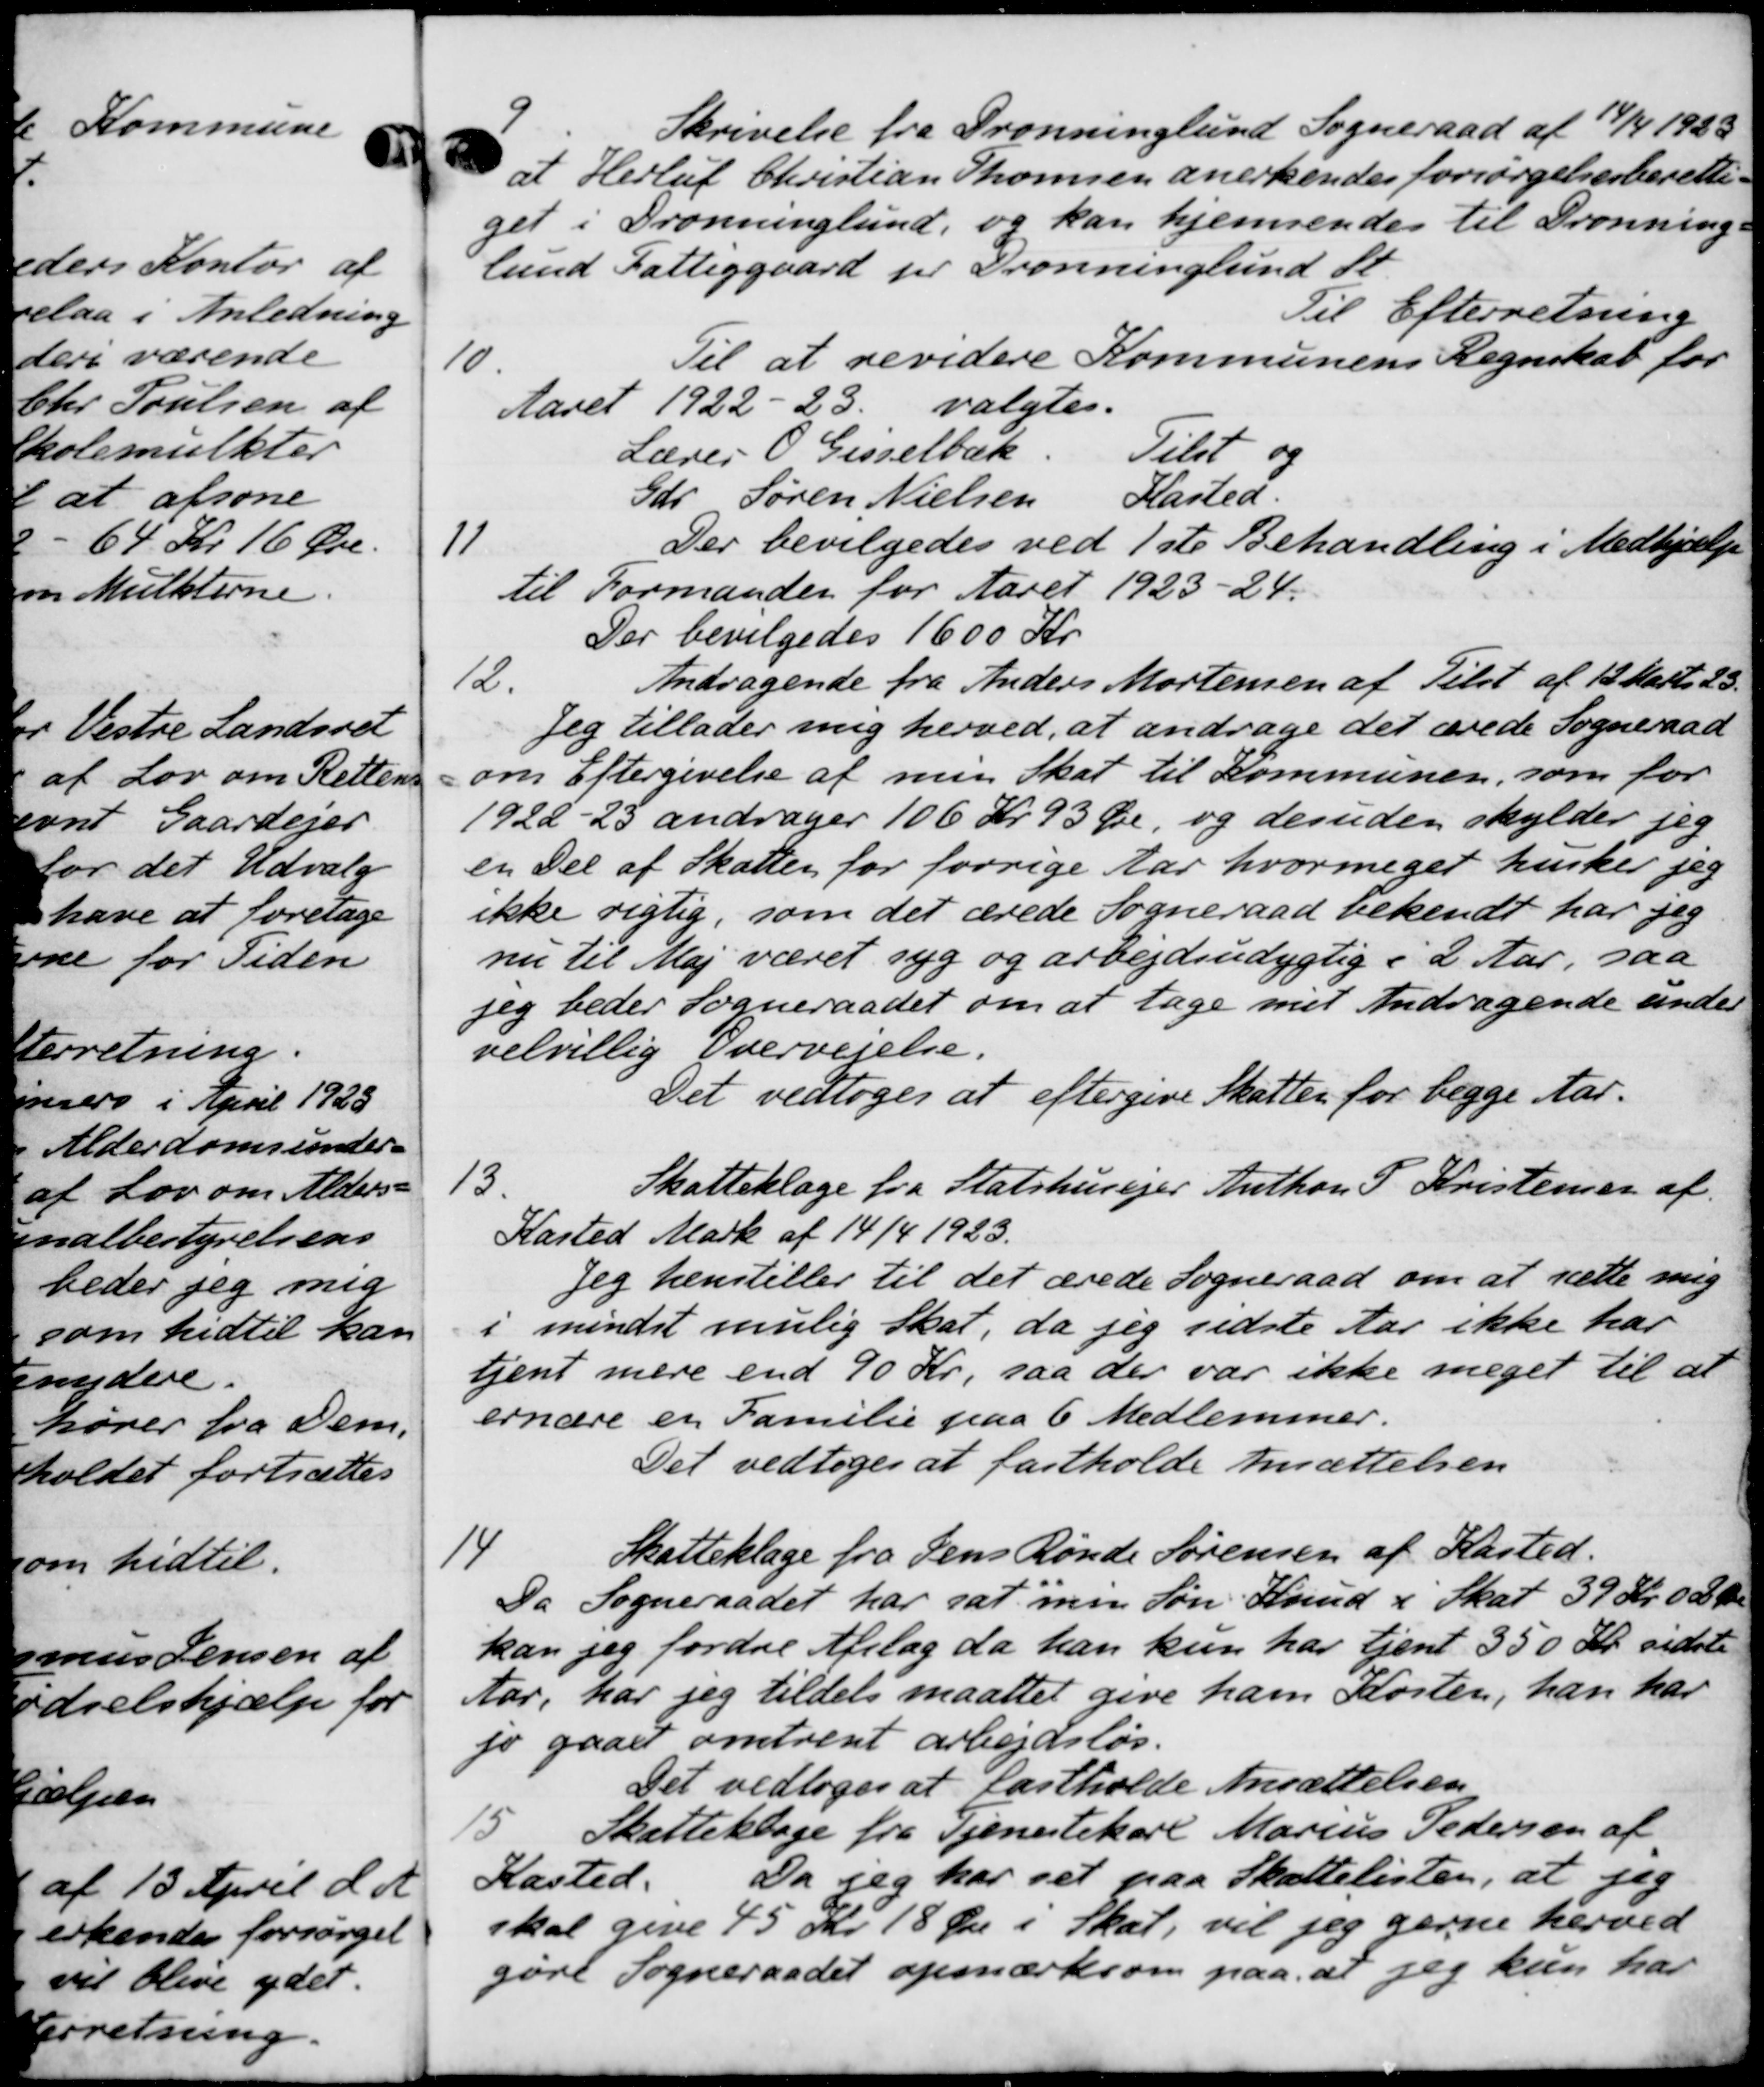
Transskription:
9
Skrivelse fra Dronninglund Sogneraad af 14/4 1923
at Herluf Christian Thomsen anerkendes forsørgelsesberetti-
ger i Dronninglund, og kan hjemsendes til Dronning-
lund Fattiggaard pr Dronninglund St
Til Efterretning
10.
Til at revidere Kommunens Regnskab for
Aaret 1922-23 valgtes.
Lærer O Gesselbæk Tilst og
Gdr. Søren Nielsen Kasted.
11
Der bevilgedes ved 1ste Behandling i Medhjælp
til Formanden for Aaret 1923-24.
Der bevilgedes 1600 Kr
12.
Andragende fra Anders Mortensen af Tilst af 12 Marts 23.
Jeg tillader mig herved, at andrage det ærede Sogneraad
om Eftergivelse af min Skat til Kommunen, som for
1922-23 andrager 106 Kr. 93 Øre, og desuden skylder jeg
en Del af Skatter for føvrige Aar hvor meget husker jeg
ikke rigtig, som det ærede Sogneraad bekendt har jeg
nu til Maj været syg og arbejdsudygtig i 2 Aar, saa
Jeg beder Sogneraadet om at tage med Andragende under
velvillig Overvejelse.
Det vedtoges at eftergive Skatten for begge Aar.
13.
Skatteklage fra Statshusejer Anthon P. Kristensen af
Kasted Mark af 14/4 1923.
Jeg henstiller til det ærede Sogneraad om at sætte mig
i mindst mulig Skat, da jeg sidste Aar ikke har
tjent mere end 90 Kr, saa der var ikke meget til at
ernære en Familie paa 6 Medlemmer.
Det vedtoges at fastholde Ansættelsen
14
Skatteklage fra Jens Rønde Sørensen af Kasted.
Da Sogneraadet har sat min Søn Knud i Skat 39 Kr. 02 Øre
kan jeg fordre Afslag da han kun har tjent 350 Kr. sidste
Aar, har jeg tildels maattet give ham Korten, han har
fo gaaet omtrent arbejdsløs.
Det vedtoges at fastholde Ansættelsen
5
Skatteklage fra Tjenestekarl Marius Pedersen af
Kasted. Da jeg har set paa Skattelisten, at jeg
skal give 45 Kr. 18 Øre i Skat, vil jeg gerne herved
gøre Sogneraadet opmærksom paa at jeg kun har